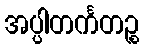
အပ္ပါတင်္ကတဉ္စ